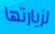
لزيارتها